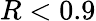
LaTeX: R<0.9